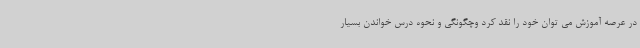
در عرصه آموزش می توان خود را نقد کرد وچگونگی و نحوه درس خواندن بسیار